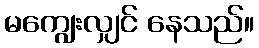
မကျွေးလျှင် နေသည်။